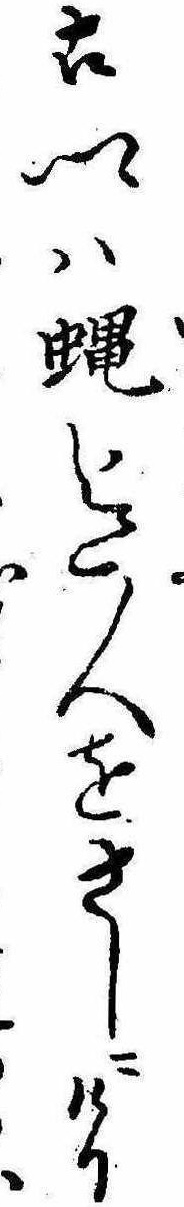
古郷は蝿迄人をさしにけり